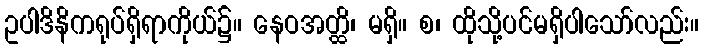
ဥပါဒိနိကရုပ်ရှိရာကိုယ်၌။ နေဝအတ္ထိ၊ မရှိ။ စ၊ ထိုသို့ပင်မရှိပါသော်လည်း။